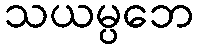
သယမ္ပဘေ